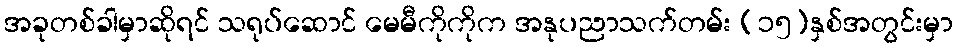
အခုတစ်ခါမှာဆိုရင် သရုပ်ဆောင် မေမီကိုကိုက အနုပညာသက်တမ်း (၁၅)နှစ်အတွင်းမှာ